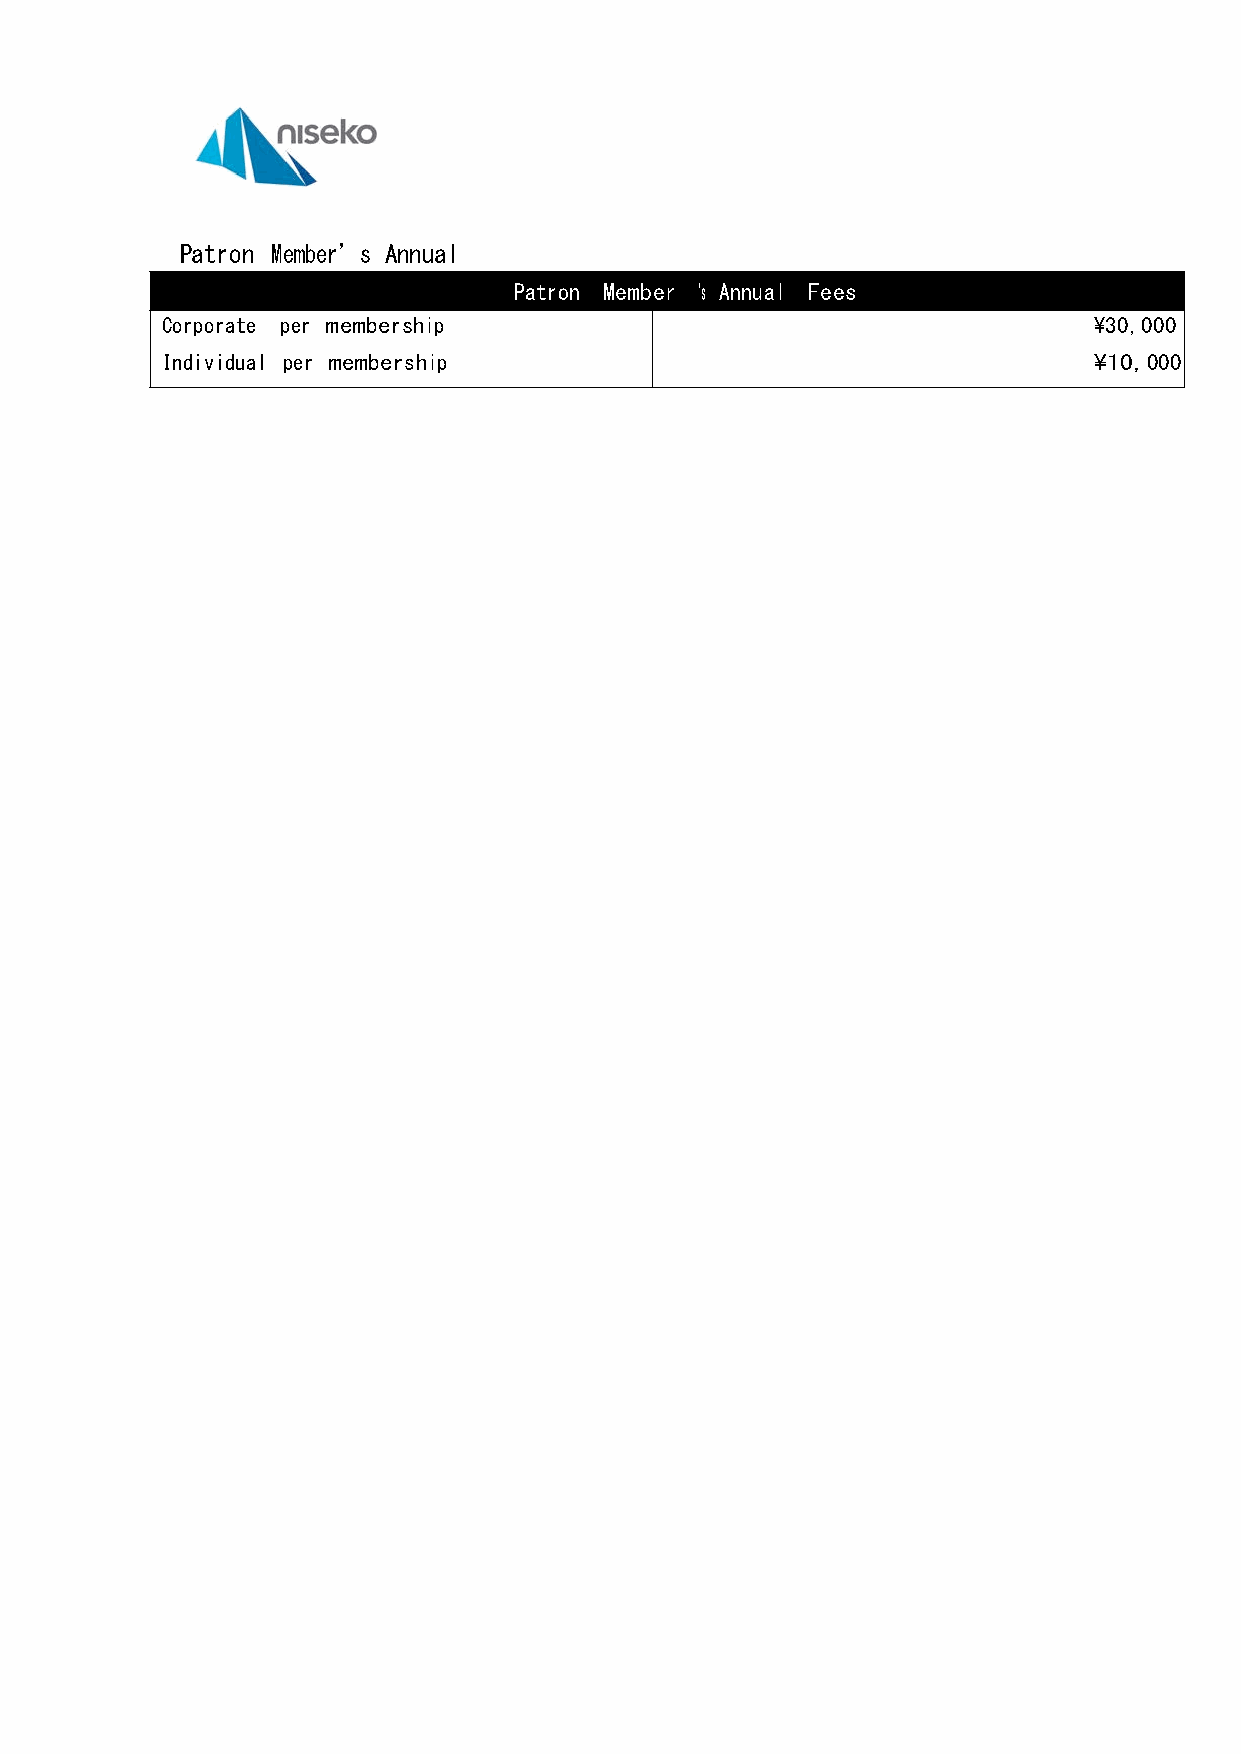
Patron Member’s Annual
 Fees                  Patron Member ‘s Annual Fees
 Corporate per membership                                     ¥30,000
 Individual per membership                                    ¥10,000